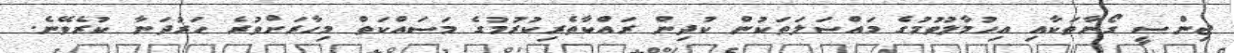
ޖިންސީ ގޯނާތަކާއި އިހުމާލުވުމުގެ މައްސަލަތަކުން ކުދިން ރައްކާތެރިކުރުމުގެ މަސައްކަތް މިހާރަށްވުރެ ހަރުދަނާ ކުރެވޭނެ.